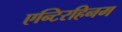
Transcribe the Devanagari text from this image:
एन्टिरहिनम